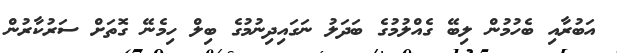
އަބުރާއި ބެހުމުން ލިބޭ ގެއްލުމުގެ ބަދަލު ނަގައިދިނުމުގެ ބިލް ހިމެނޭ ގޮތަށް ސަރުކާރުން